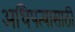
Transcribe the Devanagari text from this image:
अधिपत्यासाठी